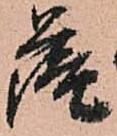
薩